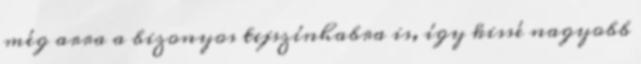
még arra a bizonyos tejszínhabra is, így kissé nagyobb